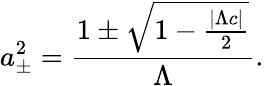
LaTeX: a_{\pm}^{2}=\frac{1\pm\sqrt{1-\frac{{|\Lambda c|}}{2}}}{{\Lambda}}.